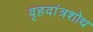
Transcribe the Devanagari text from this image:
वृहदांत्रशोथ